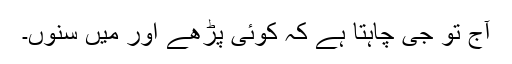
آج تو جی چاہتا ہے کہ کوئی پڑھے اور میں سنوں۔